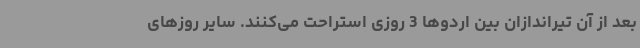
بعد از آن تیراندازان بین اردوها 3 روزی استراحت می‌کنند. سایر روزهای